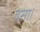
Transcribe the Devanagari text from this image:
वसा।